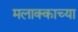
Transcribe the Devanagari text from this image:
मलाक्काच्या